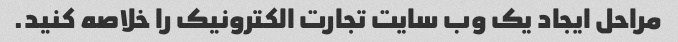
مراحل ایجاد یک وب سایت تجارت الکترونیک را خلاصه کنید.